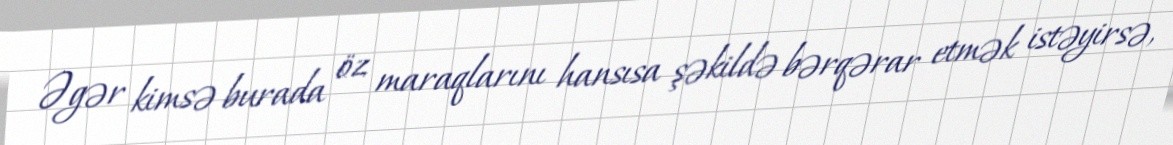
Əgər kimsə burada öz maraqlarını hansısa şəkildə bərqərar etmək istəyirsə,